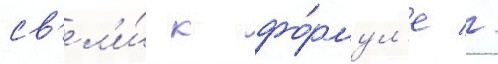
св'ел'и́ к фо́рмул'е //